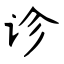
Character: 诊